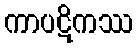
ကာပဋိကဿ